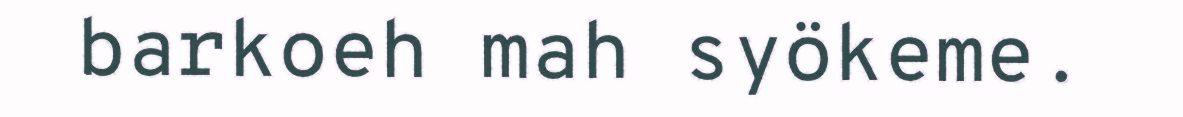
barkoeh mah syökeme.